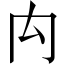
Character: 禸